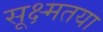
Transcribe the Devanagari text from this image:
सूक्ष्मतया